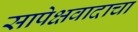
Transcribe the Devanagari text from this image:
सापेक्षवादाचा